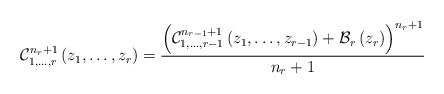
\begin{align*}\mathcal{C}_{1,\dots,r}^{n_{r}+1}\left(z_{1},\dots,z_{r}\right)=\frac{\left(\mathcal{C}_{1,\dots,r-1}^{n_{r-1}+1}\left(z_{1},\dots,z_{r-1}\right)+\mathcal{B}_{r}\left(z_{r}\right)\right)^{n_{r}+1}}{n_{r}+1}\end{align*}